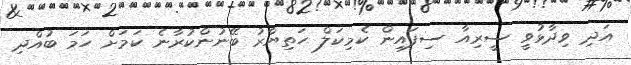
އަދި ވިދާޅުވީ ސީރިއާ ސިފައިން ކެމިކަލް ހަތިޔާރު ބޭނުންކުރާނެ ކަމަށް ހަމަ ބުއްދި